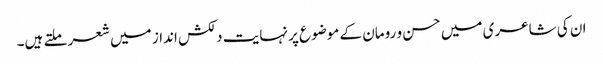
ان کی شاعری میں حسن و رومان کے موضوع پر نہایت دلکش انداز میں شعر ملتے ہیں۔